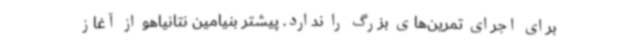
برای اجرای تمرین‌های بزرگ را ندارد. پیشتر بنیامین نتانیاهو از آغاز